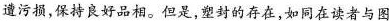
遭污损，保持良好品相。但是，塑封的存在，如同在读者与图